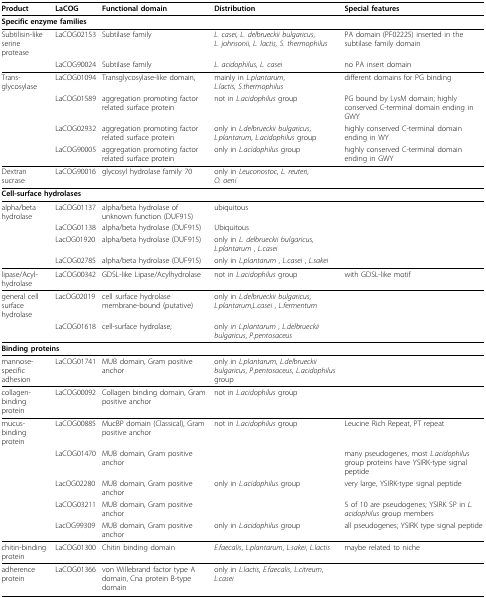
<table><thead><tr><td><b>Product</b></td><td><b>LaCOG</b></td><td><b>Functional domain</b></td><td><b>Distribution</b></td><td><b>Special features</b></td></tr></thead><tbody><tr><td colspan="5"><b>Specific enzyme families</b></td></tr><tr><td>Subtilisin-like serine protease</td><td>LaCOG02153</td><td>Subtilase family</td><td><i>L. casei, L. delbrueckii bulgaricus</i>,<i>L. johnsonii, L. lactis, S. thermophilus</i></td><td>PA domain (PF02225) inserted in the subtilase family domain</td></tr><tr><td></td><td>LaCOG90024</td><td>Subtilase family</td><td><i>L. acidophilus</i>, <i>L. casei</i></td><td>no PA insert domain</td></tr><tr><td>Trans-glycosylase</td><td>LaCOG01094</td><td>Transglycosylase-like domain,</td><td>mainly in <i>L.plantarum</i>,<i>L.lactis, S.thermophilus</i></td><td>different domains for PG binding</td></tr><tr><td></td><td>LaCOG01589</td><td>aggregation promoting factor related surface protein</td><td>not in <i>L.acidophilus </i>group</td><td>PG bound by LysM domain; highly conserved C-terminal domain ending in GWY</td></tr><tr><td></td><td>LaCOG02932</td><td>aggregation promoting factor related surface protein</td><td>only in <i>L.delbrueckii bulgaricus</i>,<i>L.plantarum</i>, <i>L.acidophilus </i>group</td><td>highly conserved C-terminal domain ending in WY</td></tr><tr><td></td><td>LaCOG90005</td><td>aggregation promoting factor related surface protein</td><td>only in <i>L.acidophilus </i>group</td><td>highly conserved C-terminal domain ending in GWY</td></tr><tr><td>Dextran sucrase</td><td>LaCOG90016</td><td>glycosyl hydrolase family 70</td><td>only in <i>Leuconostoc</i>, <i>L. reuteri</i>,<i>O. oeni</i></td><td></td></tr><tr><td colspan="5"><b>Cell-surface hydrolases</b></td></tr><tr><td>alpha/beta hydrolase</td><td>LaCOG01137</td><td>alpha/beta hydrolase of unknown function (DUF915)</td><td>ubiquitous</td><td></td></tr><tr><td></td><td>LaCOG01138</td><td>alpha/beta hydrolase (DUF915)</td><td>Ubiquitous</td><td></td></tr><tr><td></td><td>LacOG01920</td><td>alpha/beta hydrolase (DUF915)</td><td>only in <i>L. delbrueckii bulgaricus</i>, <i>L.plantarum </i>, <i>L.casei</i></td><td></td></tr><tr><td></td><td>LaCOG02785</td><td>alpha/beta hydrolase (DUF915)</td><td>only in <i>L.plantarum </i>, <i>L.casei </i>, <i>L.sakei</i></td><td></td></tr><tr><td>lipase/Acyl-hydrolase</td><td>LaCOG00342</td><td>GDSL-like Lipase/Acylhydrolase</td><td>not in <i>L.acidophilus </i>group</td><td>with GDSL-like motif</td></tr><tr><td>general cell surface hydrolase</td><td>LacOG02019</td><td>cell surface hydrolase membrane-bound (putative)</td><td>only in <i>L.delbrueckii bulgaricus</i>, <i>L.plantarum</i>,<i>L.casei </i>, <i>L.fermentum</i></td><td></td></tr><tr><td></td><td>LaCOG01618</td><td>cell-surface hydrolase;</td><td>only <i>in L.plantarum </i>, <i>L.delbrueckii bulgaricus</i>, <i>P.pentosaceus</i></td><td></td></tr><tr><td colspan="5"><b>Binding proteins</b></td></tr><tr><td>mannose-specific adhesion</td><td>LaCOG01741</td><td>MUB domain, Gram positive anchor</td><td>only in <i>L.plantarum</i>, <i>L.delbrueckii bulgaricus</i>, <i>P.pentosaceus</i>, <i>L.acidophilus </i>group</td><td></td></tr><tr><td>collagen-binding protein</td><td>LaCOG00092</td><td>Collagen binding domain, Gram positive anchor</td><td>not in <i>L.acidophilus </i>group</td><td></td></tr><tr><td>mucus-binding protein</td><td>LaCOG00885</td><td>MucBP domain (Classical), Gram positive anchor</td><td>not in <i>L.acidophilus </i>group</td><td>Leucine Rich Repeat, PT repeat</td></tr><tr><td></td><td>LaCOG01470</td><td>MUB domain, Gram positive anchor</td><td></td><td>many pseudogenes, most <i>L.acidophilus </i>group proteins have YSIRK-type signal peptide</td></tr><tr><td></td><td>LacOG02280</td><td>MUB domain, Gram positive anchor</td><td>only in <i>L.acidophilus </i>group</td><td>very large, YSIRK-type signal peptide</td></tr><tr><td></td><td>LaCOG03211</td><td>MUB domain, Gram positive anchor</td><td></td><td>5 of 10 are pseudogenes; YSIRK SP in <i>L.acidophilus </i>group members</td></tr><tr><td></td><td>LacOG99309</td><td>MUB domain, Gram positive anchor</td><td>only in <i>L.acidophilus </i>group</td><td>all pseudogenes; YSIRK type signal peptide</td></tr><tr><td>chitin-binding protein</td><td>LaCOG01300</td><td>Chitin binding domain</td><td><i>E.faecalis</i>, <i>L.plantarum</i>, <i>L.sakei</i>, <i>L.lactis</i></td><td>maybe related to niche</td></tr><tr><td>adherence protein</td><td>LaCOG01366</td><td>von Willebrand factor type A domain, Cna protein B-type domain</td><td>only in <i>L.lactis</i>, <i>E.faecalis</i>, <i>L.citreum</i>, <i>L.casei</i></td><td></td></tr></tbody></table>